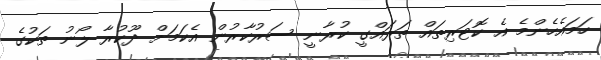
ހަމައެހެންމެ އެ ކޮޓަރިތައް ތަރައްގީ ކުރާނީ ސަރުކާރުން އެކަމަށް ދޫކުރާ ލޯނު ތަކުގެ